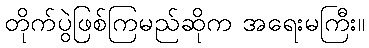
တိုက်ပွဲဖြစ်ကြမည်ဆိုက အရေးမကြီး။